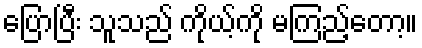
ပြောပြီး သူသည် ကိုယ့်ကို မကြည့်တော့။